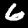
Digit: 6